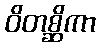
ဝိတစ္ဆိကာ